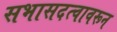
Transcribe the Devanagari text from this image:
सभासदत्वावरून